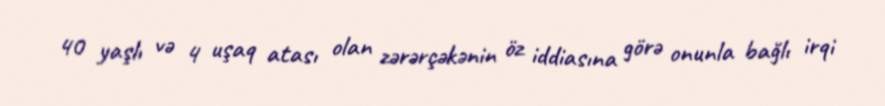
40 yaşlı və 4 uşaq atası olan zərərçəkənin öz iddiasına görə onunla bağlı irqi